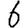
Digit: 6